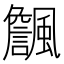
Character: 𱃏